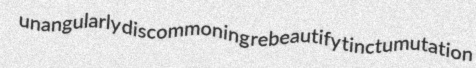
unangularly discommoning rebeautify tinctumutation